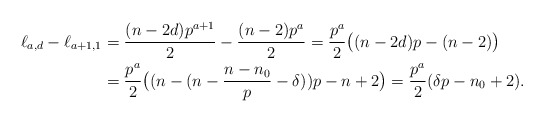
\begin{align*} \ell_{a,d}-\ell_{a+1,1} & = \frac{(n-2d)p^{a+1}}{2} - \frac{(n-2)p^a}{2} = \frac{p^a}{2}\big((n-2d)p - (n-2)\big) \\& = \frac{p^a}{2}\big((n-(n-\frac{n-n_0}{p} - \delta))p - n + 2\big) = \frac{p^a}{2} (\delta p - n_0 + 2).\end{align*}